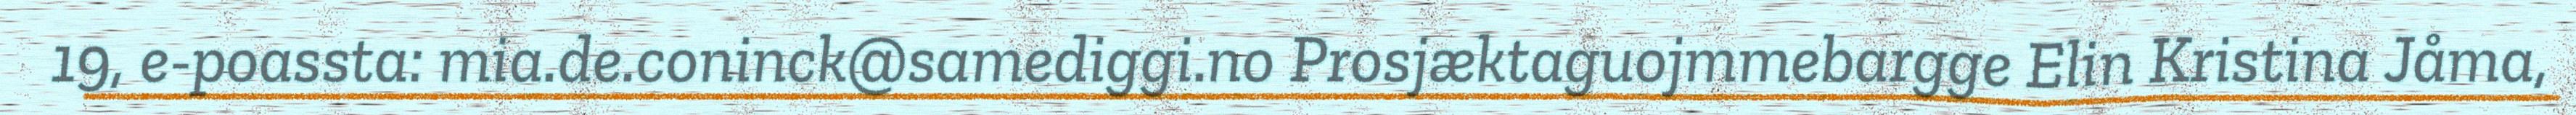
19, e-poassta: mia.de.coninck@samediggi.no Prosjæktaguojmmebargge Elin Kristina Jåma,